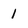
Character: 1